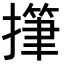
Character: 𢴩